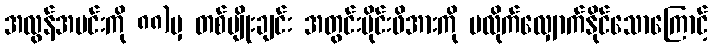
အလွန်အမင်းကို ၈၈)မှ တစ်မျိုးချင်း အတွင်းပိုင်းဖိအားကို မလိုက်လျှောက်နိုင်သောကြောင့်